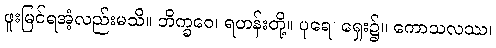
ဖူးမြင်ရအံ့လည်းမသိ။ ဘိက္ခဝေ၊ ရဟန်းတို့။ ပုရေ၊ ရှေး၌။ ကောသလဿ၊